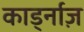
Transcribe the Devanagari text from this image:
कार्ड्नाज़